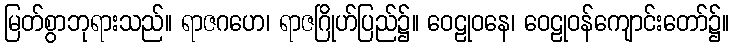
မြတ်စွာဘုရားသည်။ ရာဇဂဟေ၊ ရာဇဂြိုဟ်ပြည်၌။ ဝေဠုဝနေ၊ ဝေဠုဝန်ကျောင်းတော်၌။